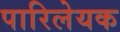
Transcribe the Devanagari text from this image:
पारिलेयक